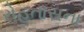
રોહતાસના